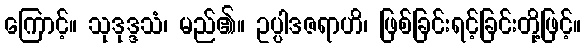
ကြောင့်။ သုဒုဒ္ဒသံ၊ မည်၏။ ဥပ္ပါဒဇရာဟိ၊ ဖြစ်ခြင်းရင့်ခြင်းတို့ဖြင့်။